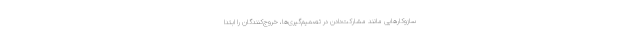
سازوکارهایی مانند مشارکت‌دادن در تصمیم‌گیری‌ها، خروج‌کنندگان را ابتدا